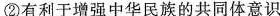
②有利于增强中华民族的共同体意识